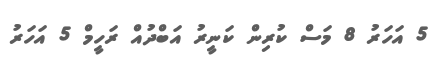
5 އަހަރު 8 މަސް ކުރިން ކަނީރު އަބްދުއް ރަހީމް 5 އަހަރު